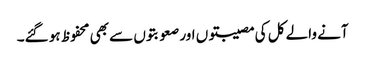
آنے والے کل کی مصیبتوں اور صعوبتوں سے بھی محفوظ ہو گئے۔